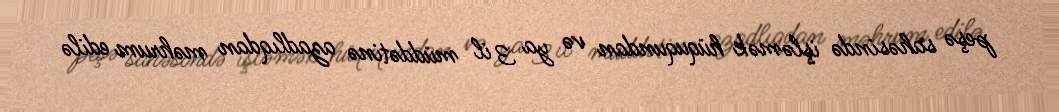
peşə sahəsində işləmək hüququndan və ya 3 il müddətinə azadlıqdan məhrum edilə